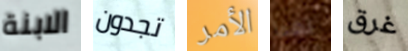
الابنة تجدون الأمر نهدأ غرق